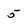
Character: 5